Scottish Certificate of Education, 1963
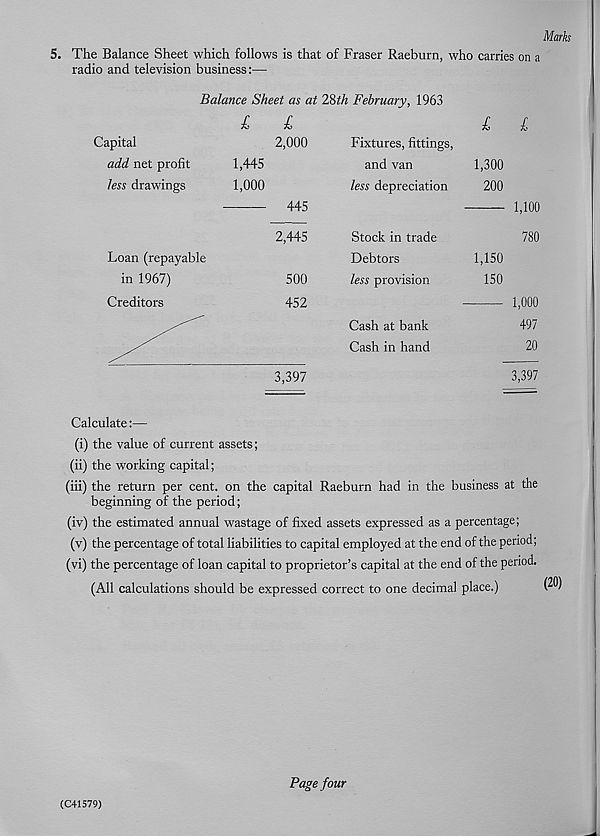
Marks
5. The Balance Sheet which follows is that of Fraser Raeburn, who carries on a
radio and television business:—
Balance Sheet as at TSih February, 1963
l
l
Capital
add net profit
less drawings
Loan (repayable
in 1967)
Creditors
2,000
1,445
1,000
445
2,445
500
452
Fixtures, fittings,
and van
less depreciation
Stock in trade
Debtors
less provision
Cash at bank
Cash in hand
1,300
200
1,100
780
1,150
150
1,0
497
20
3,397
3,397
Calculate:—
(i) the value of current assets;
(ii) the working capital;
(iii) the return per cent, on the capital Raeburn had in the business at the
beginning of the period;
(iv) the estimated annual wastage of fixed assets expressed as a percentage;
(v) the percentage of total liabilities to capital employed at the end of the period;
(vi) the percentage of loan capital to proprietor’s capital at the end of the period.
(All calculations should be expressed correct to one decimal place.)
(20)
(C41579)
Page four